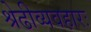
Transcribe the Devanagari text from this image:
श्रेढीव्यवहारः